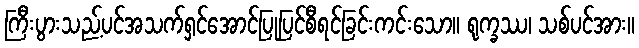
ကြီးပွားသည့်ပင်အသက်ရှင်အောင်ပြုပြင်စီရင်ခြင်းကင်းသော။ ရုက္ခဿ၊ သစ်ပင်အား။